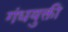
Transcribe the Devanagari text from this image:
गंधयुक्ती